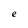
Character: e